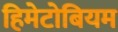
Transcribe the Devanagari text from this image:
हिमेटोबियम